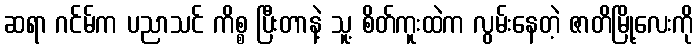
ဆရာ ဂင်မ်က ပညာသင် ကိစ္စ ပြီးတာနဲ့ သူ့ စိတ်ကူးထဲက လွမ်းနေတဲ့ ဇာတိမြို့လေးကို